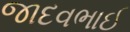
જાદવભાઈ